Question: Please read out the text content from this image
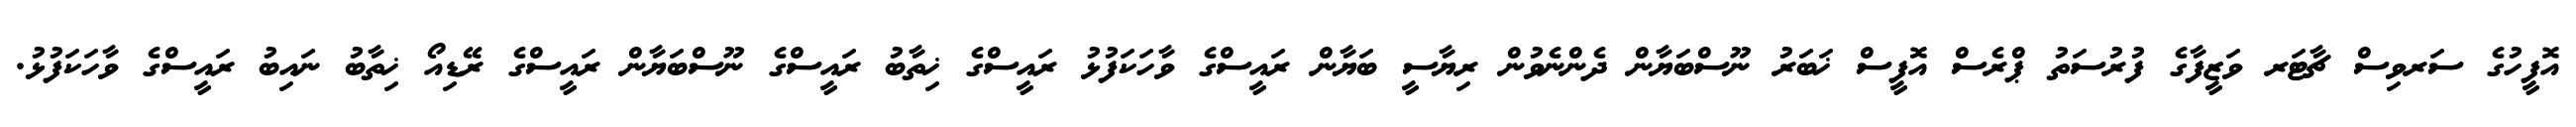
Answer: އޮފީހުގެ ސަރވިސް ޗާޓަރ ވަޒީފާގެ ފުރުސަތު ޕްރެސް އޮފީސް ޚަބަރު ނޫސްބަޔާން ދެންނެވުން ރިޔާސީ ބަޔާން ރައީސްގެ ވާހަކަފުޅު ރައީސްގެ ޚިތާބު ރައީސްގެ ނޫސްބަޔާން ރައީސްގެ ރޭޑިއޯ ޚިތާބު ނައިބު ރައީސްގެ ވާހަކަފުޅު.